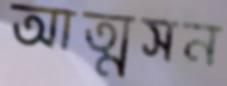
আত্মসন